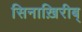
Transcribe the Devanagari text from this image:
सिनाख़िरीब्